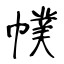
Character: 幞